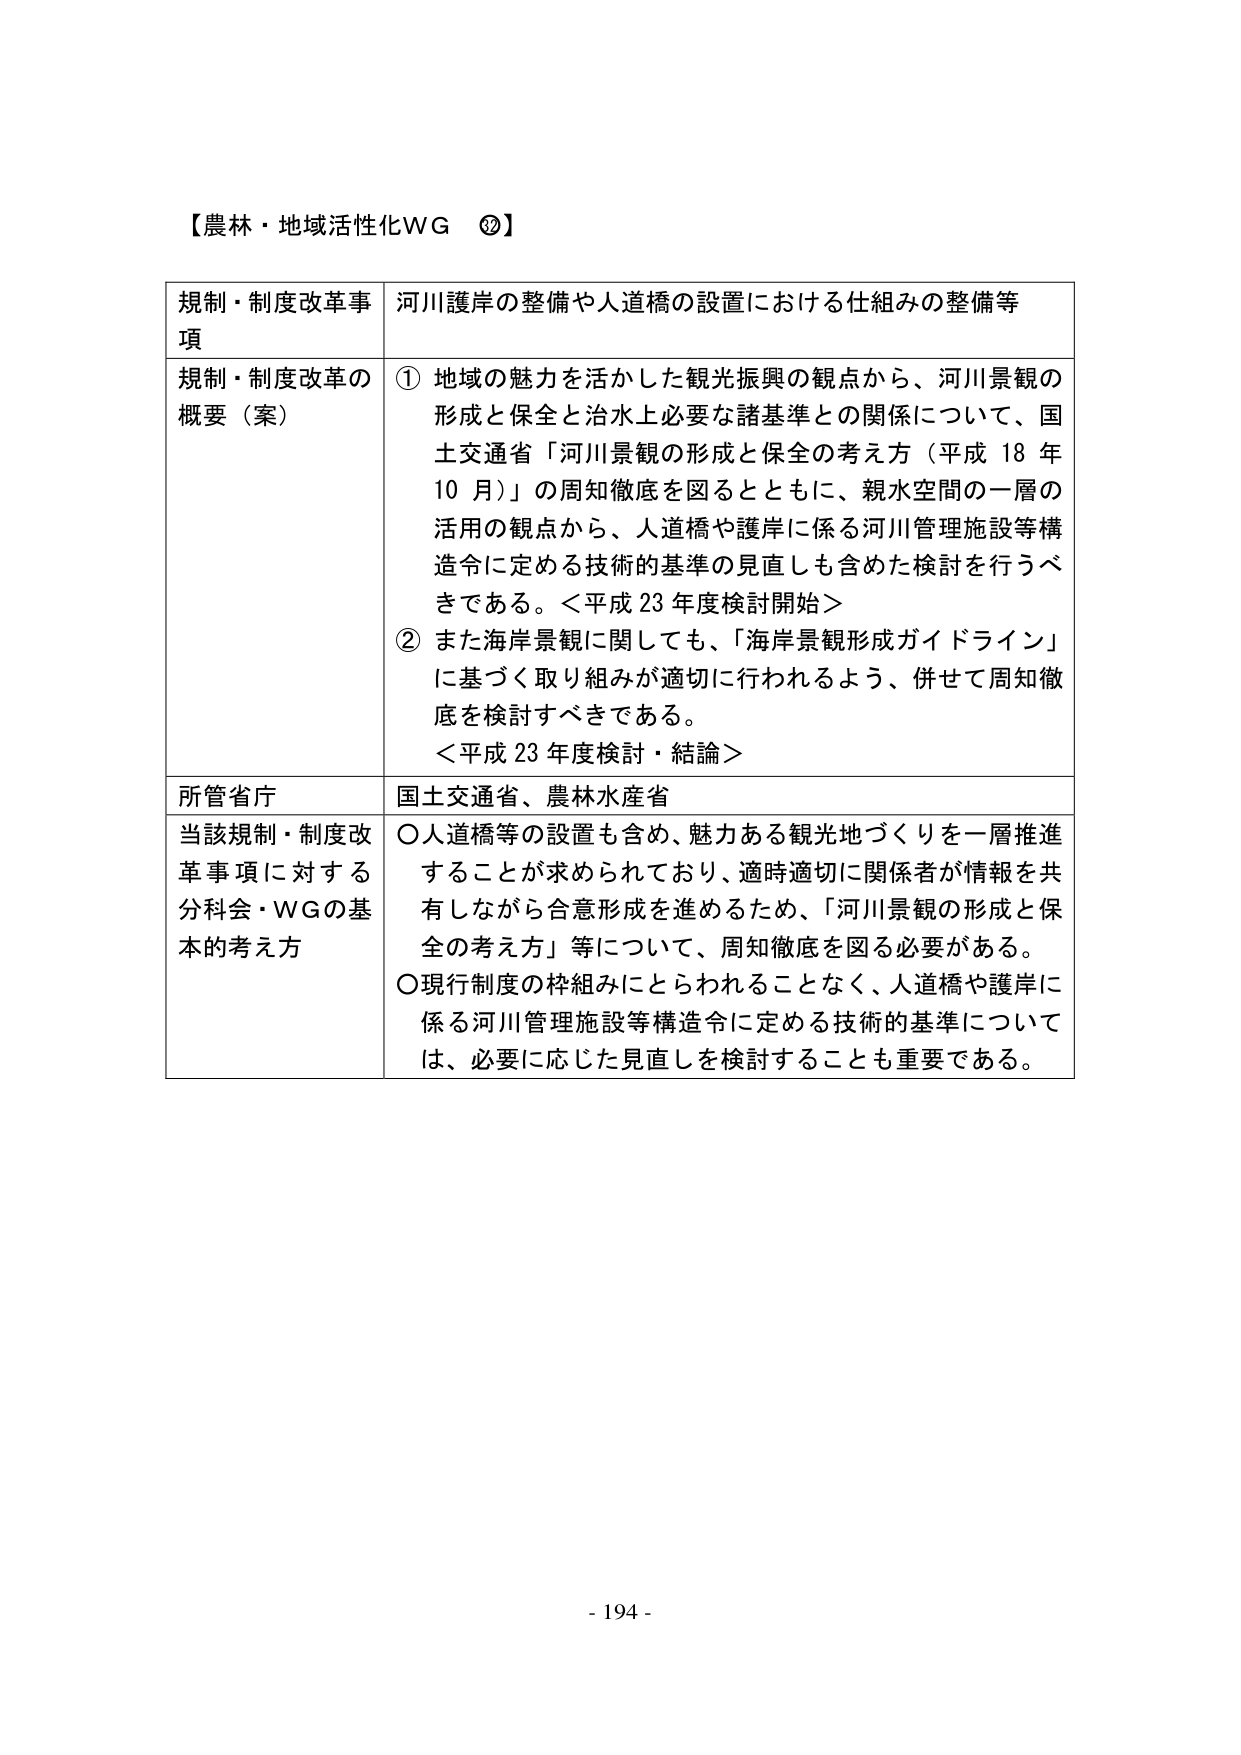
【農林・地域活性化WG ⑳】

規制・制度改革事項　河川護岸の整備や人道橋の設置における仕組みの整備等

規制・制度改革の概要（案）　① 地域の魅力を活かした観光振興の観点から、河川景観の形成と保全と治水上必要な諸基準との関係について、国土交通省「河川景観の形成と保全の考え方（平成18年10月）」の周知徹底を図るとともに、親水空間の一層の活用の観点から、人道橋や護岸に係る河川管理施設等構造令に定める技術的基準の見直しも含めた検討を行うべきである。＜平成23年度検討開始＞
② また海岸景観に関しても、「海岸景観形成ガイドライン」に基づく取り組みが適切に行われるよう、併せて周知徹底を検討すべきである。
＜平成23年度検討・結論＞

所管省庁　国土交通省、農林水産省

当該規制・制度改革事項に対する分科会・WGの基本的考え方　○人道橋等の設置も含め、魅力ある観光地づくりを一層推進することが求められており、適時適切に関係者が情報を共有しながら合意形成を進めるため、「河川景観の形成と保全の考え方」等について、周知徹底を図る必要がある。
○現行制度の枠組みにとらわれることなく、人道橋や護岸に係る河川管理施設等構造令に定める技術的基準については、必要に応じた見直しを検討することも重要である。

- 194 -